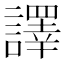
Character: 譯